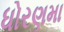
ધોરણમા